Report of the Indian Hemp Drugs Commission, 1894-1895 - Volume IV
Year: 1894
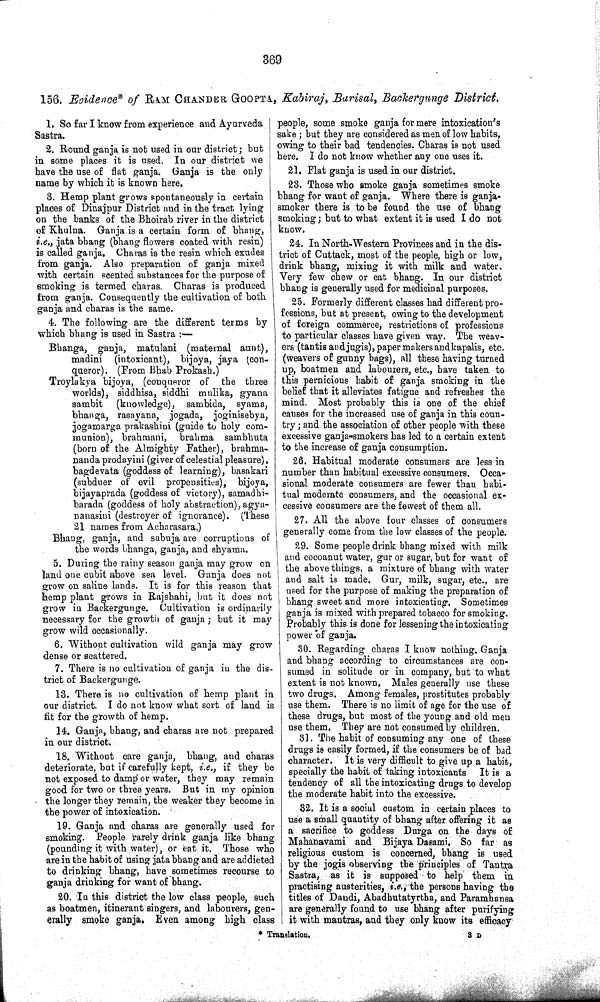
369
156. Evidence* of RAM CHANDER GOOPTA, Kabiraj, Barisal, Backergunge District.
1. So far I know from experience and Ayurveda
Sastra.
2. Round ganja is not used in our district; but
in some places it is used. In our district we
have the use of flat ganja. Ganja is the only
name by which it is known here.
3. Hemp plant grows spontaneously in certain
places of Dinajpur District and in the tract lying
on the banks of the Bhoirab river in the district
of Khulna. Ganja is a certain form of bhang,
i.e., jata bhang (bhang flowers coated with resin)
is called ganja. Charas is the resin which exudes
from ganja. Also preparation of ganja mixed
with certain scented substances for the purpose of
smoking is termed charas. Charas is produced
from ganja. Consequently the cultivation of both
ganja and charas is the same.
4. The following are the different terms by
which bhang is used in Sastra:—
Bhanga, ganja, matulani (maternal aunt),
madini (intoxicant), bijoya, jaya (con-
queror). (From Bhab Prokash.)
Troylakya bijoya, (conqueror of the three
worlds), siddhisa, siddhi mulika, gyana
sambit
(knowledge), sambida, syama,
bhanga, rasayana, jogada, joginisebya,
jogamarga prakashini (guide to holy com-
munion), brahmani, brahma sambhuta
(born of the Almighty Father), brahma-
nanda prodayini (giver of celestial pleasure),
bagdevata (goddess of learning), basakari
(subduer of evil propensities), bijoya,
bijayaprada (goddess of victory), samadhi-
barada (goddess of holy abstraction), agya-
nanasini (destroyer of ignorance). (These
21 names from Acharasara.)
Bhang, ganja, and sabuja are corruptions of
the words bhanga, ganja, and shyama.
5. During the rainy season ganja may grow on
land one cubit above sea level. Ganja does not
grow on saline lands. It is for this reason that
hemp plant grows in Rajshahi, but it does not
grow in Backergunge. Cultivation is ordinarily
necessary for the growth of ganja; but it may
grow wild occasionally.
6. Without cultivation wild ganja may grow
dense or scattered.
7. There is no cultivation of ganja in the dis-
trict of Backergunge.
13. There is no cultivation of hemp plant in
our district. I do not know what sort of land is
fit for the growth of hemp.
14. Ganja, bhang, and charas are not prepared
in our district.
18. Without care ganja, bhang, and charas
deteriorate, but if carefully kept, i.e., if they be
not exposed to damp or water, they may remain
good for two or three years. But in my opinion
the longer they remain, the weaker they become in
the power of intoxication.
19. Ganja and charas are generally used for
smoking. People rarely drink ganja like bhang
(pounding it with water), or eat it. Those who
are in the habit of using jata bhang and are addicted
to drinking bhang, have sometimes recourse to
ganja drinking for want of bhang.
20. In this district the low class people, such
as boatmen, itinerant singers, and labourers, gen-
erally smoke ganja. Even among high class
people, some smoke ganja for mere intoxication's
sake; but they are considered as men of low habits,
owing to their bad tendencies. Charas is not used
here. I do not know whether any one uses it.
21. Flat ganja is used in our district.
23. Those who smoke ganja sometimes smoke
bhang for want of ganja. Where there is ganja-
smoker there is to be found the use of bhang
smoking; but to what extent it is used I do not
know.
24. In North-Western Provinces and in the dis-
trict of Cuttack, most of the people, high or low,
drink bhang, mixing it with milk and water.
Very few chew or eat bhang. In our district
bhang is generally used for medicinal purposes.
25. Formerly different classes had different pro-
fessions, but at present, owing to the development
of foreign commerce, restrictions of professions
to particular classes have given way. The weav-
ers (tantis and jugis), paper makers and kapalis, etc.
(weavers of gunny bags), all these having turned
up, boatmen and labourers, etc., have taken to
this pernicious habit of ganja smoking in the
belief that it alleviates fatigue and refreshes the
mind. Most probably this is one of the chief
causes for the increased use of ganja in this coun-
try; and the association of other people with these
excessive ganja-smokers has led to a certain extent
to the increase of ganja consumption.
26. Habitual moderate consumers are less in
number than habitual excessive consumers. Occa-
sional moderate consumers are fewer than habi-
tual moderate consumers, and the occasional ex-
cessive consumers are the fewest of them all.
27. All the above four classes of consumers
generally come from the low classes of the people.
29. Some people drink bhang mixed with milk
and cocoanut water, gur or sugar, but for want of
the above things, a mixture of bhang with water
and salt is made. Gur, milk, sugar, etc., are
used for the purpose of making the preparation of
bhang sweet and more intoxicating. Sometimes
ganja is mixed with prepared tobacco for smoking.
Probably this is done for lessening the intoxicating
power of ganja.
30. Regarding charas I know nothing. Ganja
and bhang according to circumstances are con-
sumed in solitude or in company, but to what
extent is not known. Males generally use these
two drugs. Among females, prostitutes probably
use them. There is no limit of age for the use of
these drugs, but most of the young and old men
use them. They are not consumed by children.
31. The habit of consuming any one of these
drugs is easily formed, if the consumers be of bad
character. It is very difficult to give up a habit,
specially the habit of taking intoxicants It is a
tendency of all the intoxicating drugs to develop
the moderate habit into the excessive.
32. It is a social custom in certain places to
use a small quantity of bhang after offering it as
a sacrifice to goddess Durga on the days of
Mahanavami and Bijaya Dasami. So far as
religious custom is concerned, bhang is used
by the jogis observing the principles of Tantra
Sastra, as it is supposed to help' them in
practising austerities, i.e., the persons having the
titles of Dandi, Abadhutatyrtha, and Paramhansa
are generally found to use bhang after purifying
it with mantras, and they only know its efficacy
* Translation.
3 D